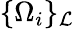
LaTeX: \{ \Omega_{i}\} _{\cal L}